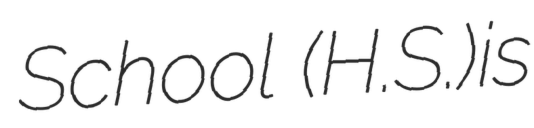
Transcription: School (H.S.)is